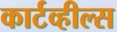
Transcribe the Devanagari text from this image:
कार्टव्हील्स